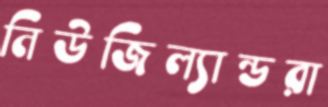
নিউজিল্যান্ডরা